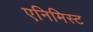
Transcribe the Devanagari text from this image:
एनिमिस्ट